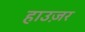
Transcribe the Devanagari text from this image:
हाउज़र